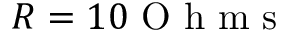
R = 1 0 \mathrm { ~ O ~ h ~ m ~ s ~ }